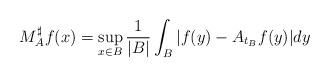
LaTeX: \begin{align*}M_A^{\sharp}f(x)=\sup\limits_{x\in B}\frac{1}{|B|}\int_B|f(y)-A_{t_B}f(y)|dy\end{align*}